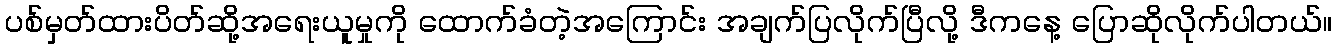
ပစ်မှတ်ထားပိတ်ဆို့အရေးယူမှုကို ထောက်ခံတဲ့အကြောင်း အချက်ပြလိုက်ပြီလို့ ဒီကနေ့ ပြောဆိုလိုက်ပါတယ်။